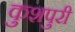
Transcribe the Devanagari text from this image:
कुशपुरी